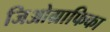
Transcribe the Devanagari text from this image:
जिओग्राफिका